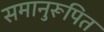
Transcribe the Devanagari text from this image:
समानुरूपित